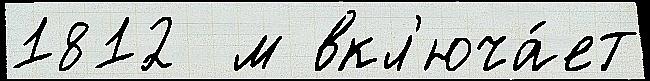
1812  м вкл'юча́ет